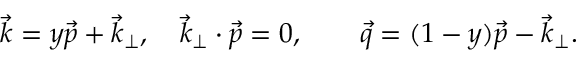
\vec { k } = y \vec { p } + { \vec { k } _ { \perp } } , \quad { \vec { k } _ { \perp } } \cdot \vec { p } = 0 , \qquad \vec { q } = ( 1 - y ) \vec { p } - { \vec { k } _ { \perp } } .